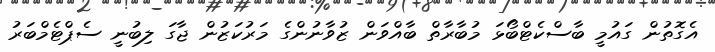
އެގޮތުން ގައުމީ ބާސްކެޓްބޯޅަ މުބާރާތް ބާއްވަން ޒުވާނުންގެ މަރުކަޒުން ޖާގަ ލިބުނީ ސެޕްޓެމްބަރު